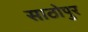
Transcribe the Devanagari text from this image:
साठोपुर